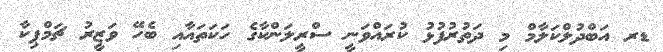
ޑރ އަބްދުލްކަލާމް މި ދަތުރުފުޅު ކުރައްވަނީ ސްރީލަންކާގެ ހަކަތައާއި ބެހޭ ވަޒީރު ޗަމްޕިކާ